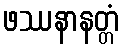
ဖဿနာနတ္တံ